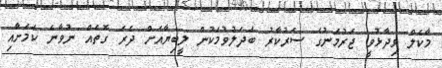
މާކެލް ވިދާޅުވީ ޖަރުމަނުގެ ސަރުކާރު ބަދަލުވުމަކުން ލީބިޔާއަށް ދެރަ ގޮތެއް ނުވާނެ ކަމަށާއި